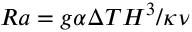
R a = g \alpha \Delta T H ^ { 3 } / \kappa \nu